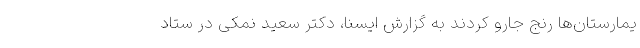
یمارستان‌ها رنج جارو کردند به گزارش ایسنا، دکتر سعید نمکی در ستاد